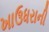
ખાઉધરાની